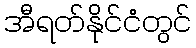
အီရတ်နိုင်ငံတွင်